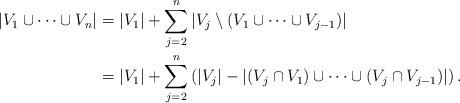
LaTeX: \begin{align*}\left| V_1 \cup \cdots \cup V_n \right| &= |V_1| + \sum_{j=2}^{n} \left| V_j \setminus \left( V_1 \cup \cdots \cup V_{j-1} \right) \right| \\&= |V_1| + \sum_{j=2}^{n} \left( |V_j| - \left| (V_j \cap V_1) \cup \cdots \cup (V_j \cap V_{j-1}) \right| \right).\end{align*}